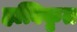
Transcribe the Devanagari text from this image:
हत्विकृत